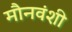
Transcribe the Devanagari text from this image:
मौनवंशी